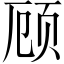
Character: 顾